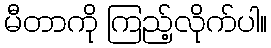
မီတာကို ကြည့်လိုက်ပါ။